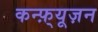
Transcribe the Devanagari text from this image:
कन्फ़्यूज़न